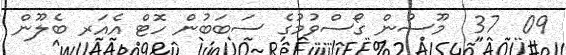
09  37  މޫސުން ގޯސްވުމުގެ ސަބަބުން ހޮޓް އެއަރ ބެލޫން